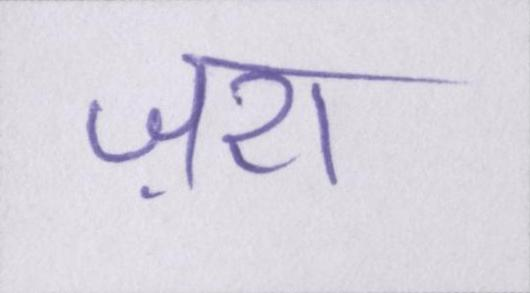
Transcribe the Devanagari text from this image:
ज़रा